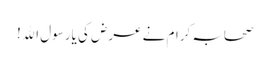
صحابہ کرام نے عرض کی یارسول اﷲ !